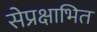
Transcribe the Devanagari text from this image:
सेप्रक्षाभित